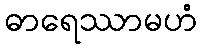
ဓာရေဿာမဟံ